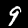
Label: 9